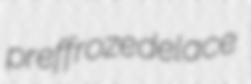
preffroze delace